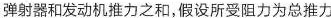
弹射器和发动机推力之和，假设所受阻力为总推力